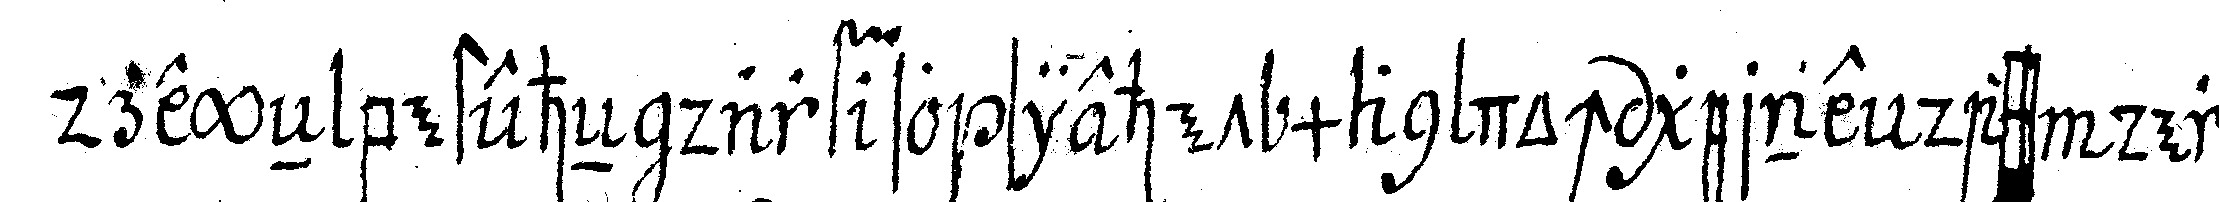
dreyeN besteheN darf so siehet man doch gerne dass dereN